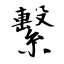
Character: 繫